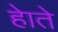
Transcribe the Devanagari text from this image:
हेाते